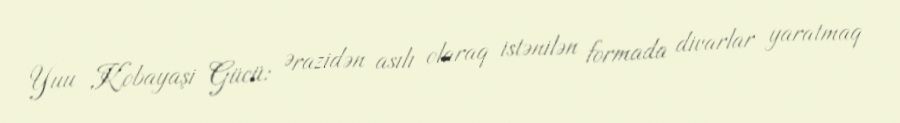
Yuu Kobayaşi Gücü: Ərazidən asılı olaraq istənilən formada divarlar yaratmaq